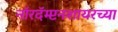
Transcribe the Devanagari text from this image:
नॉरदॅम्प्टनशायरच्या